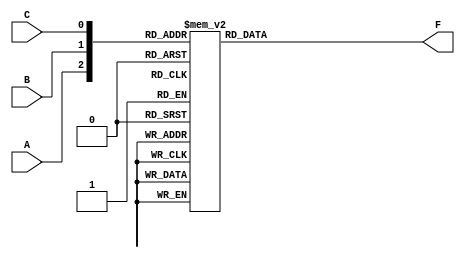
module combinational_logic (
    input wire A,
    input wire B,
    input wire C,
    output wire F
);

// Using a case statement to implement the combinational logic
always @(*) begin
    case ({A, B, C})
        3'b000: F = 0; // A=0, B=0, C=0
        3'b001: F = 1; // A=0, B=0, C=1
        3'b010: F = 1; // A=0, B=1, C=0
        3'b011: F = 1; // A=0, B=1, C=1 (Don't Care, can be 0 or 1)
        3'b100: F = 1; // A=1, B=0, C=0
        3'b101: F = 1; // A=1, B=0, C=1 (Don't Care, can be 0 or 1)
        3'b110: F = 0; // A=1, B=1, C=0
        3'b111: F = 1; // A=1, B=1, C=1
        default: F = 0; // Default case (optional)
    endcase
end

endmodule